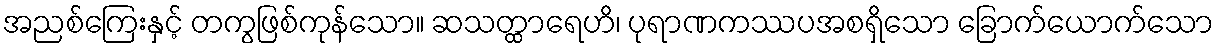
အညစ်ကြေးနှင့် တကွဖြစ်ကုန်သော။ ဆသတ္ထာရေဟိ၊ ပုရာဏကဿပအစရှိသော ခြောက်ယောက်သော